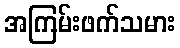
အကြမ်းဖက်သမား